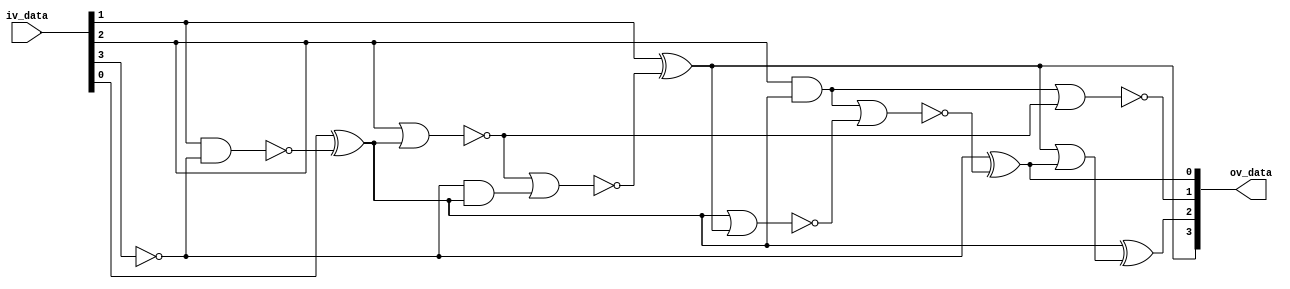
//+FHEADER ////////////////////////////////////////////////////////////
//
//-- This confidential and proprietary software may be used
//-- only as authorized by a licensing agreement from
//-- COSIC/ESAT
//         ______      _____ _____ ______
//        / ____/___  / ___//_  _// ____/
//       / /   / __ \ \__ \  / / / /
//      / /___/ /_/ /___/ /_/ /_/ /___
//      \____/\____//____//____/\____/
//
//-- ALL RIGHTS RESERVED
//-- The entire notice above must be reproduced on all authorized copies.
//--
//-- Filename : sbox.v
//-- Author : Bohan Yang
//-- Date : 25/02/2013
//-- Version : 0.1
//-- Description : This file has the entity, architecture
//-- and configuration of the sbox.
//--     
//-- Modification History:
//-- Date By Version Change Description
//--
//========================================================
//-- 11/02/13 sbox.v 0.1
//-- 11/11/14 sbox.v 0.2 with updated sbox 
//-- 6 5 c a 1 e 7 9 b 0 3 d 8 f 4 2 
//========================================================
//--Testbench File: 
//--Test Result File:
//--Synthesizable: yes.
//****************************************************************
//-FHEADER /////////////////////////////////////////////////////

module sbox(
        iv_data,
        ov_data
        );
  input[3:0]  iv_data;
  output[3:0] ov_data;

  wire a,b,c,d,e,f,g,h;
  wire t1,t2,t3,t4,t5,t7,t8,t10,t11,t13;

  assign a=iv_data[0];
  assign b=iv_data[1];
  assign c=iv_data[2];
  assign d=iv_data[3];

  assign t1 = ~d; 
  assign t2 = ~(b & t1); 
  assign t3 = a ^ t2; 
  assign t4 = c & t3; 
  assign t5 = ~(c | t3); 
  assign f = ~(t4 | t5); 
  assign t7 = t1 & t3; 
  assign t8 = ~(t5 | t7); 
  assign h = b ^ t8; 
  assign t10 = ~(t3 | h); 
  assign t11 = ~(t4 | t10); 
  assign e = t1 ^ t11; 
  assign t13 = h | e; 
  assign g = t3 ^ t13; 

  assign ov_data={h,g,f,e};
endmodule